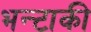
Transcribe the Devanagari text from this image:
भन्टाकी